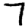
Digit: 7